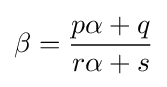
\beta ={\frac {p\alpha +q}{r\alpha +s}}